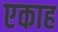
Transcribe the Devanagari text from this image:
एकाह